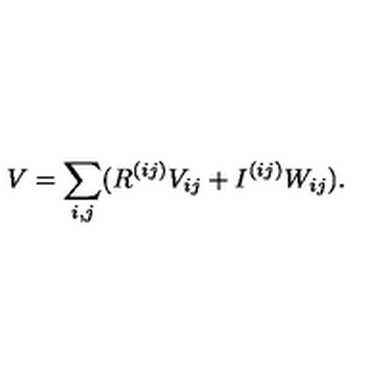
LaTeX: V = \sum _ { i , j } ( R ^ { ( i j ) } V _ { i j } + I ^ { ( i j ) } W _ { i j } ) .